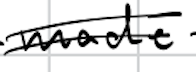
Text: made
Cross-out: double-line
Writing tool: digital_black